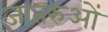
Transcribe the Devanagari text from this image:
जातरुओं